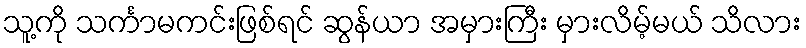
သူ့ကို သင်္ကာမကင်းဖြစ်ရင် ဆွန်ယာ အမှားကြီး မှားလိမ့်မယ် သိလား